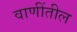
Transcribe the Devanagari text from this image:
वाणींतील